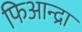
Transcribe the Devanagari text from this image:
फिआन्द्रा